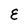
Character: E